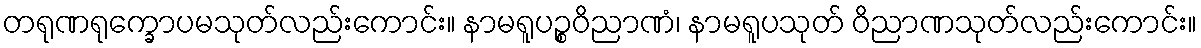
တရုဏရုက္ခောပမသုတ်လည်းကောင်း။ နာမရူပဉ္စဝိညာဏံ၊ နာမရူပသုတ် ဝိညာဏသုတ်လည်းကောင်း။